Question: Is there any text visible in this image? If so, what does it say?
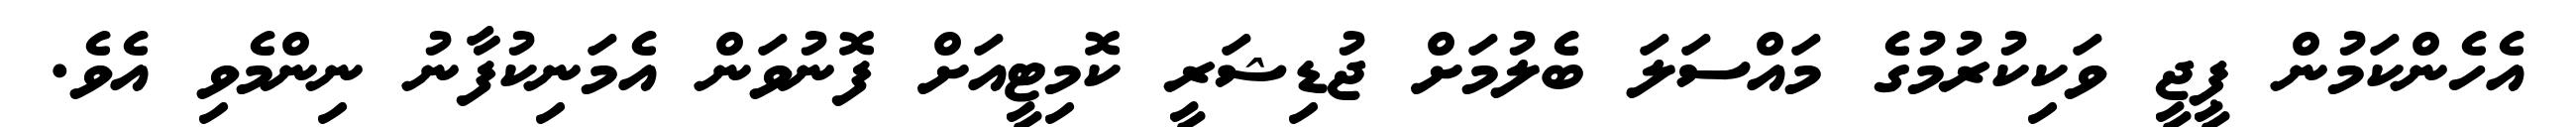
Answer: އެހެންކަމުން ޕީޖީ ވަކިކުރުމުގެ މައްސަލަ ބެލުމަށް ޖުޑިޝަރީ ކޮމިޓީއަށް ފޮނުވަން އެމަނިކުފާނު ނިންމެވި އެވެ.